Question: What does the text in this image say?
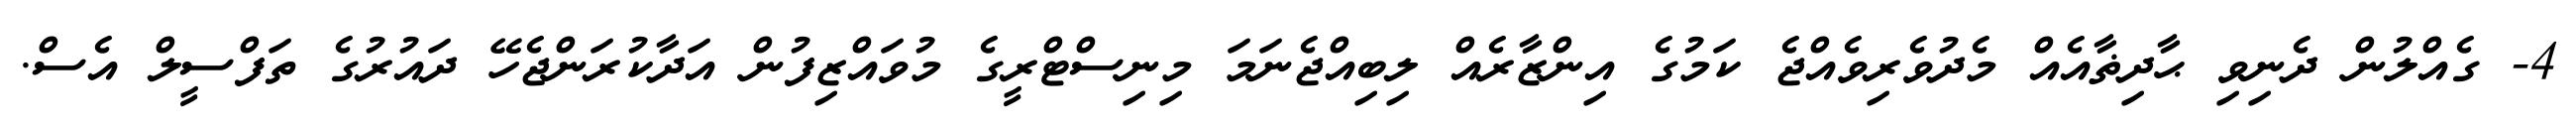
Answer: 4- ގެއްލުން ދެނިވި ޙާދިޡާއެއް މެދުވެރިވެއްޖެ ކަމުގެ އިންޒާރެއް ލިބިއްޖެނަމަ މިނިސްޓްރީގެ މުވައްޒިފުން އަދާކުރަންޖެހޭ ދައުރުގެ ތަފްސީލް އެސް.